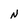
Character: N